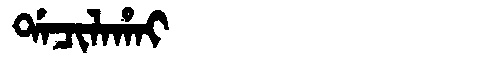
Manchu: ᡩᠠᠴᡳᠯᠠᡥᠠᡳ
Romanization: DACILAHAI